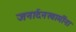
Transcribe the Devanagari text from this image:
जनार्दनस्वामींना